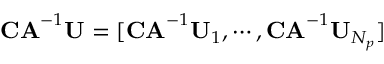
\mathbf { C A } ^ { - 1 } \mathbf { U } = [ \mathbf { C A } ^ { - 1 } \mathbf { U } _ { 1 } , \cdots , \mathbf { C A } ^ { - 1 } \mathbf { U } _ { N _ { p } } ]